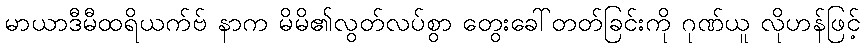
မာယာဒီမီထရိယက်ဗ် နာက မိမိ၏လွတ်လပ်စွာ တွေးခေါ်တတ်ခြင်းကို ဂုဏ်ယူ လိုဟန်ဖြင့်